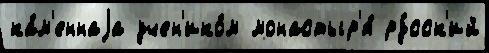
ка́м'еннаjа учен'ико́м монастыр'я́ ру́сск'ий